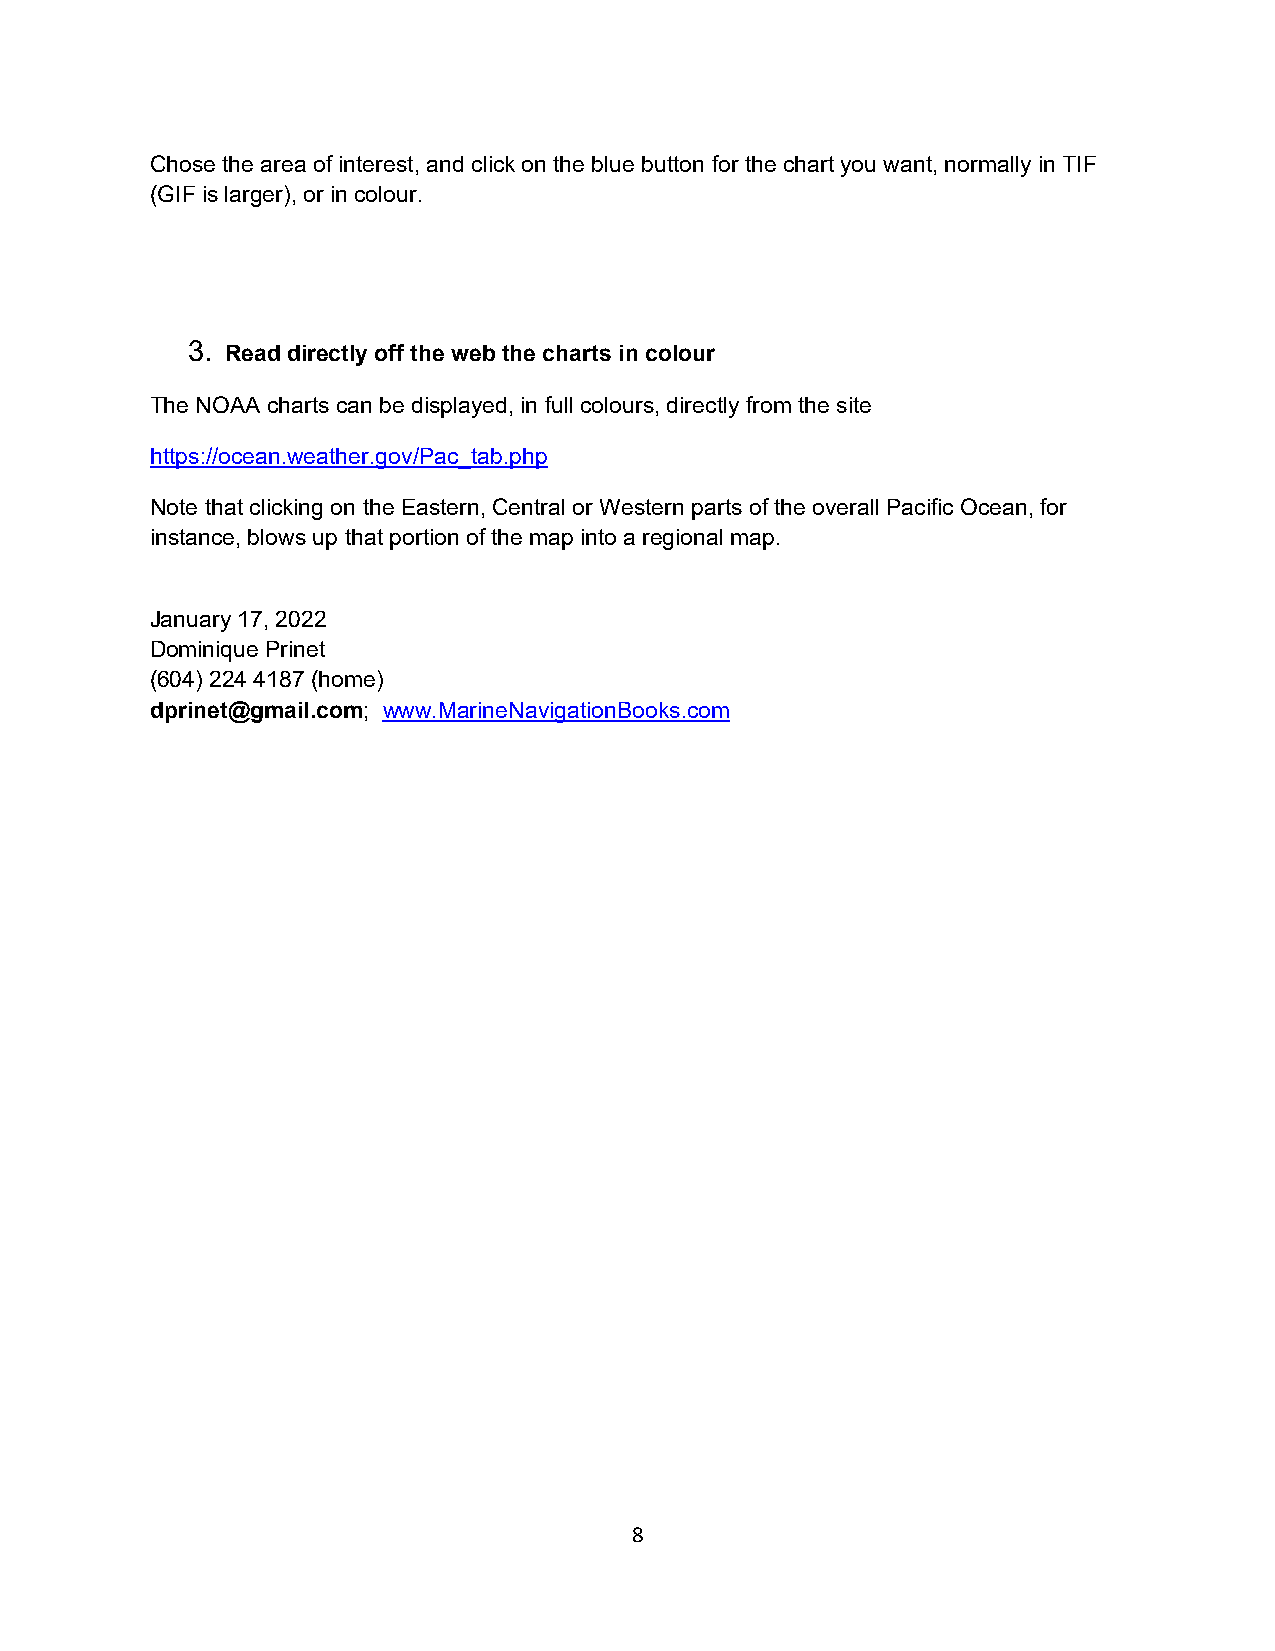
Chose the area of interest, and click on the blue button for the chart you want, normally in TIF
 (GIF is larger), or in colour.
 3. Read directly off the web the charts in colour
 The NOAA charts can be displayed, in full colours, directly from the site
 https://ocean.weather.gov/Pac_tab.php
 Note that clicking on the Eastern, Central or Western parts of the overall Pacific Ocean, for
 instance, blows up that portion of the map into a regional map.
 January 17, 2022
 Dominique Prinet
 (604) 224 4187 (home)
 dprinet@gmail.com; www.MarineNavigationBooks.com
 8